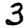
Digit: 3